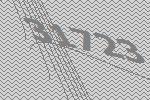
31723